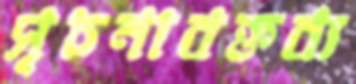
সূচনাবক্তব্য